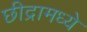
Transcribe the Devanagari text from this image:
छीद्रामध्ये